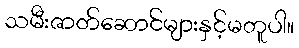
သမီးဇာတ်ဆောင်များနှင့်မတူပါ။